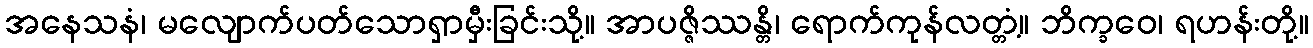
အနေသနံ၊ မလျောက်ပတ်သောရှာမှီးခြင်းသို့။ အာပဇ္ဇိဿန္တိ၊ ရောက်ကုန်လတ္တံ့။ ဘိက္ခဝေ၊ ရဟန်းတို့။